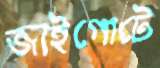
জাইগোটে